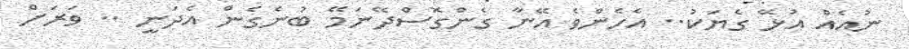
ނުއެއް އުޅޭ ގެޔަކު.. އެހެންވެ އޭނާ ގެންގޮސްދޭނަމޭ ބުނެގެން އެދަނީ .. ވަރަށް